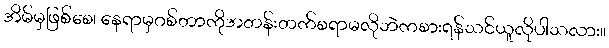
အိမ်မှဖြစ်စေ၊ နေရာမှဂစ်တာကိုအတန်းတက်စရာမလိုဘဲကစားရန်သင်ယူလိုပါသလား။